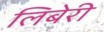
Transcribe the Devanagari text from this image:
लिबेरी